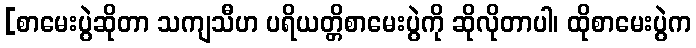
[စာမေးပွဲဆိုတာ သကျသီဟ ပရိယတ္တိစာမေးပွဲကို ဆိုလိုတာပါ၊ ထိုစာမေးပွဲက